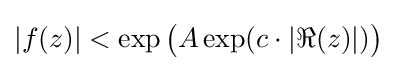
|f(z)|<\exp {\bigl (}A\exp(c\cdot |\Re (z)|){\bigr )}